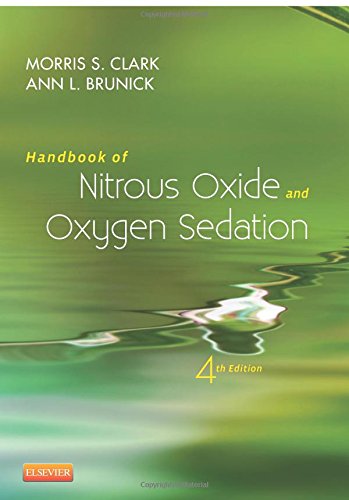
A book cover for Handbook of Nitrous Oxide and Oxygen Sedation, 4e; Morris S. Clark DDS  FACD; Medical Books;